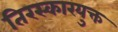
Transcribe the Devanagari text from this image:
तिरस्कारयुक्त